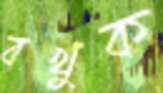
বখুক